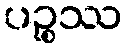
ပဉ္စဿ